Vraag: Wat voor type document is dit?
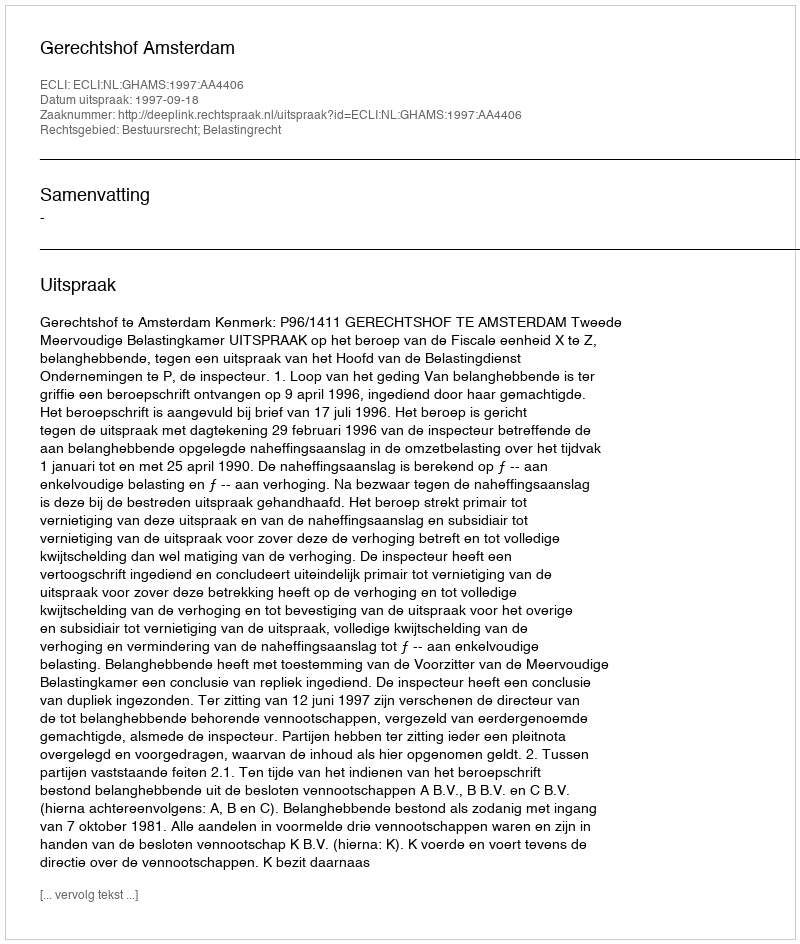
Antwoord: Uitspraak